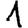
Digit: 1